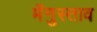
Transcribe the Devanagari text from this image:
मेंगुस्ताव